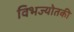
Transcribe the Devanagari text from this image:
विभज्योतकी